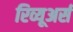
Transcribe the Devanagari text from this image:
रिव्यूअर्स